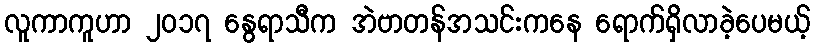
လူကာကူဟာ ၂၀၁၇ နွေရာသီက အဲဗာတန်အသင်းကနေ ရောက်ရှိလာခဲ့ပေမယ့်